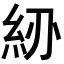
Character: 𥾠